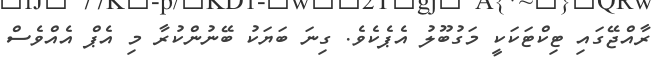
ރާއްޖޭގައި ޓިކްޓަކަކީ މަގުބޫލު އެޕެކެވެ. ގިނަ ބަޔަކު ބޭނުންކުރާ މި އެޕް އެއްވެސް